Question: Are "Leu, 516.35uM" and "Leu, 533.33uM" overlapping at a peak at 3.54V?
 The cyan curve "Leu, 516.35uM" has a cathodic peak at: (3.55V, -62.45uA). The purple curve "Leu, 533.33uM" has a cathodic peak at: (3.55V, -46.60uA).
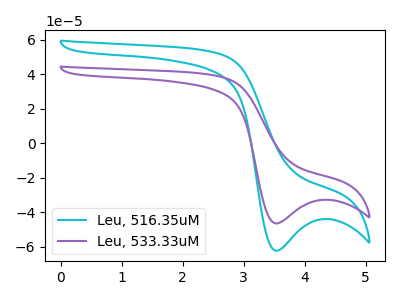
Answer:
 <answer>Yes, "Leu, 516.35uM" and "Leu, 533.33uM" share a peak at 3.54V.</answer>
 <eval>match</eval>